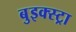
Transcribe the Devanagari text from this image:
बुइक्स्ट्रा